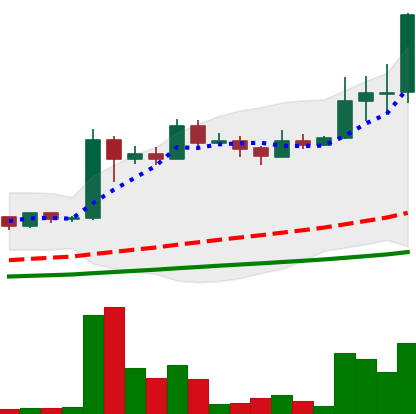
Ticker: LINK-USD
Chart end date: 2019-06-28
Forward return: 19.29%
Label: up_7plus